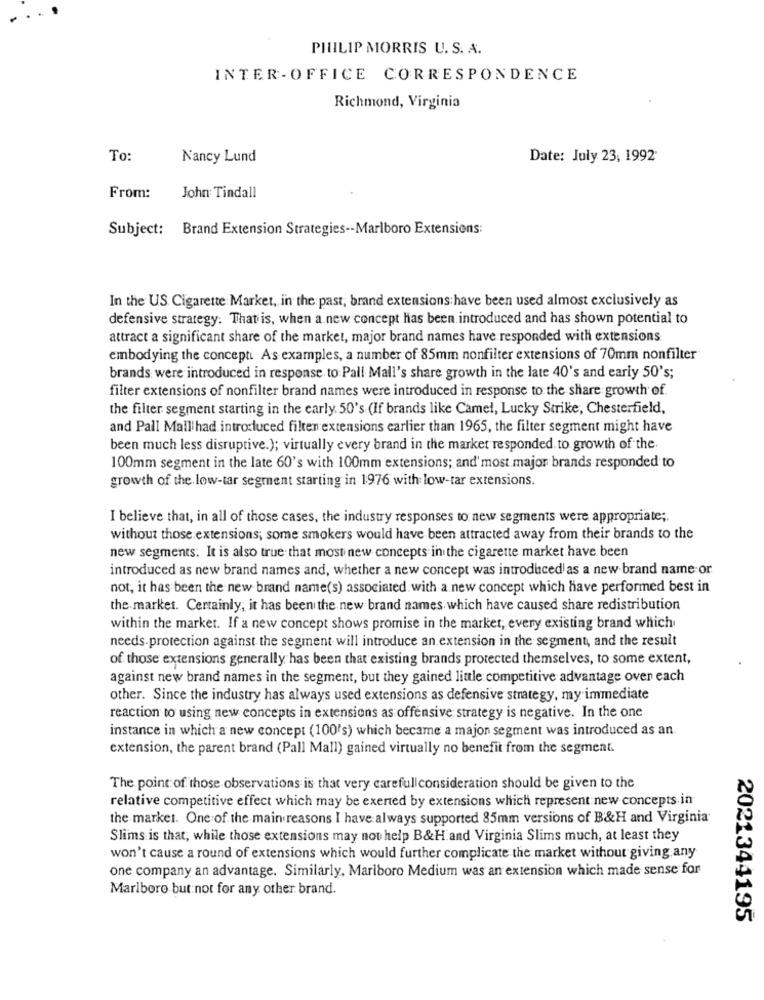
PHILIP MORRIS U. S. A.
INTER- OFFICE CORRESPONDENCE
Richmond, Virginia
To:
Nancy Lund
Date: July 23, 1992'
From:
John Tindall
Subject: Brand Extension Strategies -- Marlboro Extensions:
In the US Cigarette Market, in the past, brand extensions have been used almost exclusively as
defensive strategy. That is, when a new concept has been introduced and has shown potential to
attract a significant share of the market, major brand names have responded with extensions
embodying the concept. As examples, a number of 85mm nonfilter extensions of 70mm nonfilter
brands were introduced in response to Pall Mall's share growth in the late 40's and early 50's;
filter extensions of nonfilter brand names were introduced in response to the share growth of
the filter segment starting in the early. 50's (If brands like Camel, Lucky Strike, Chesterfield,
and Pall Mallihad introduced filter extensions earlier than 1965, the filter segment might have
been much less disruptive.); virtually every brand in the market responded. to growth of the.
100mm segment in the late 60's with 100mm extensions; and' most major brands responded to
growth of the low-tar segment starting in 1976 with low-tar extensions.
I believe that, in all of those cases, the industry responses to new segments were appropriate ;.
without those extensions; some smokers would have been attracted away from their brands to the
new segments. It is also true that most new concepts in the cigarette market have been
introduced as new brand names and, whether a new concept was introduced as a new brand name or
not, it has been the new brand name(s) associated with a new concept which have performed best in
the market. Certainly, it has been the new brand names which have caused share redistribution
within the market. If a new concept shows promise in the market, every existing brand which
needs.protection against the segment will introduce an extension in the segment, and the result
of those extensions generally has been that existing brands protected themselves, to some extent,
against new brand names in the segment, but they gained little competitive advantage over each
other. Since the industry has always used extensions as defensive strategy, my immediate
reaction to using new concepts in extensions as offensive strategy is negative. In the one
instance in which a new concept (100's) which became a majon segment was introduced as an.
extension, the parent brand (Pall Mall) gained virtually no benefit from the segment.
The point of those observations is that very careful consideration should be given to the
relative competitive effect which may be exerted by extensions which represent new concepts in
the market. One of the main reasons I have always supported 85mm versions of B&H and Virginia
Slims is that, while those extensions may not help B&H and Virginia Slims much, at least they
won't cause a round of extensions which would further complicate the market without giving any
one company an advantage. Similarly, Marlboro Medium was an extension which made sense for
Marlboro but not for any other brand.
2021344195